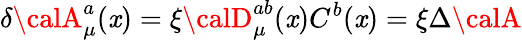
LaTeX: \delta{\calA}_{\mu}^{a}(\mathit{x})=\xi{\calD}_{\mu}^{ab}(\mathit{x})C^{b}(\mathit{x})=\xi\Delta{\calA}